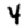
Digit: 4